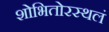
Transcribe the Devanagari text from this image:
शोभितोरस्थलं